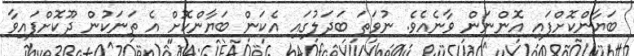
ބަޔާންކޮށްފައި އޮންނަން ވާނެއެވެ. ނުވަތަ ބަދަލުގައި އެކަން ބަޔާންކޮށް އެ ތަނަކުން ދޫކޮށްފައިވާ